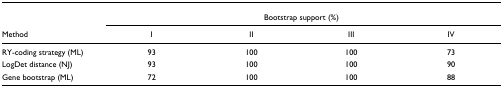
|  | <COLSPAN=4> Bootstrap support (%) |
 | Method | I | II | III | IV |
 | --- | --- | --- | --- | --- |
 | RY-coding strategy (ML) | 93 | 100 | 100 | 73 |
 | LogDet distance (NJ) | 93 | 100 | 100 | 90 |
 | Gene bootstrap (ML) | 72 | 100 | 100 | 88 |